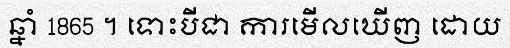
ឆ្នាំ 1865 ។ ទោះបីជា ការមើលឃើញ ដោយ